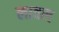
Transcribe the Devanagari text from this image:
लावस